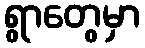
ရွာတွေမှာ